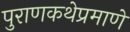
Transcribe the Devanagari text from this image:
पुराणकथेप्रमाणे